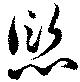
愆